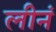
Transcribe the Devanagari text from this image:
लीनं